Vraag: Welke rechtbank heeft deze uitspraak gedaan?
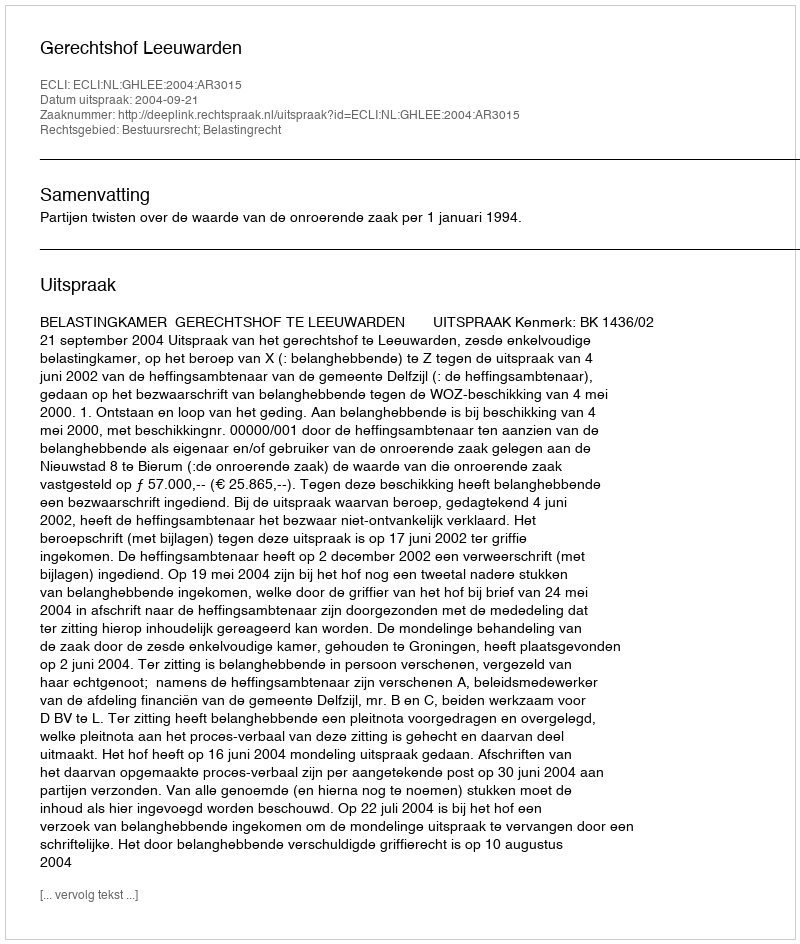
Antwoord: Gerechtshof Leeuwarden